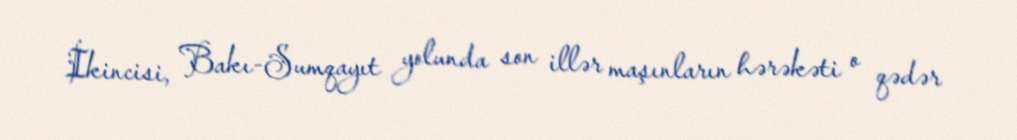
İkincisi, Bakı-Sumqayıt yolunda son illər maşınların hərəkəti o qədər